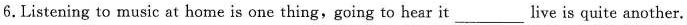
6.Listening to music at home is one thing,going to hear it ___ live is quite another